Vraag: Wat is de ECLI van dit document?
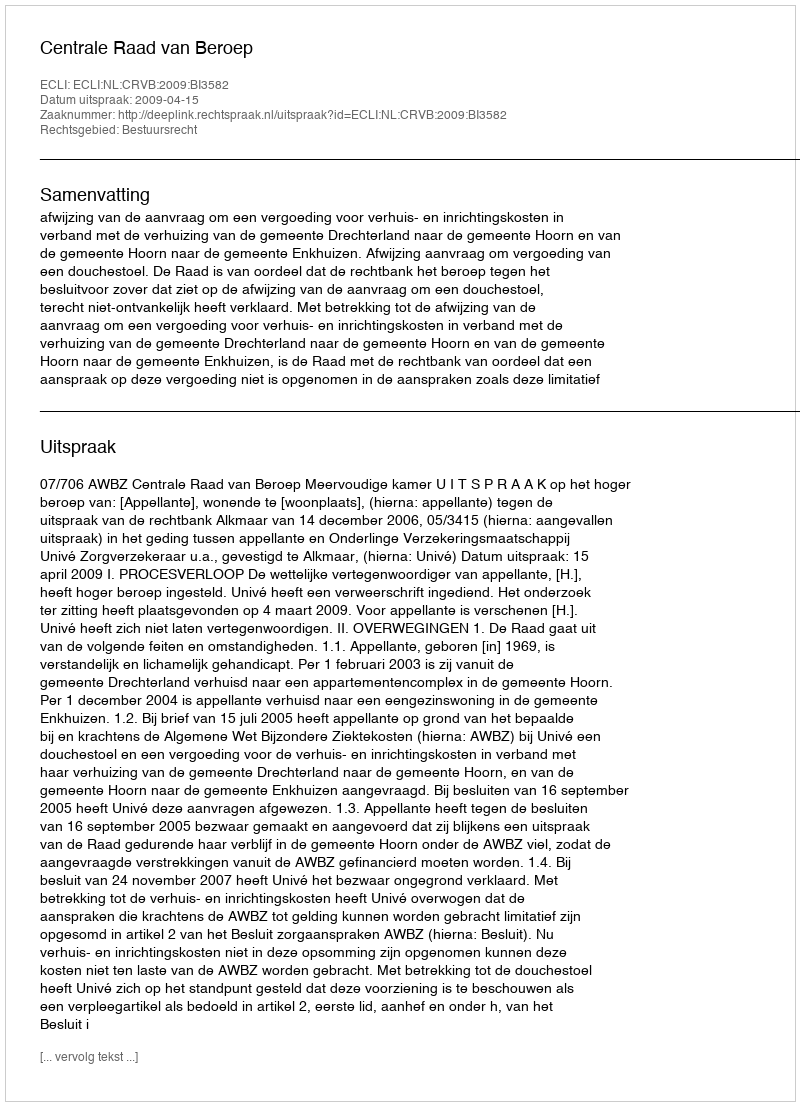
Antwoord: ECLI:NL:CRVB:2009:BI3582